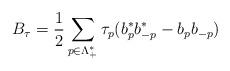
LaTeX: \begin{align*}B_\tau=\frac{1}{2}\sum_{p \in \Lambda_+^*}\tau_p (b^*_p b^*_{-p}-b_p b_{-p})\end{align*}